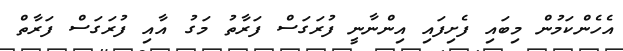
އެހެންކަމުން މިބައި ފެށިފައި އިންނާނީ ފުރަގަސް ފަރާތު މަގު އާއި ފުރަގަސް ފަރާތް